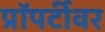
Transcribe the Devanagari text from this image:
प्रॉपर्टीवर